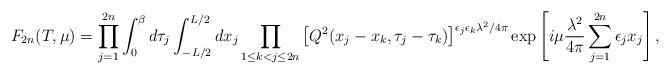
LaTeX: \begin{align*}F_{2n} (T,\mu)=\prod_{j=1}^{2n}\int_0^\beta d\tau_j \int_{-L/2}^{L/2}dx_j \prod_{1 \leq k < j \leq 2n}\left[ Q^2(x_j-x_k,\tau_j-\tau_k) \right]^{\epsilon_j\epsilon_k\lambda^2/4\pi}\exp\left[i\mu\frac{\lambda^2}{4\pi}\sum_{j=1}^{2n}\epsilon_jx_j\right], \end{align*}